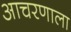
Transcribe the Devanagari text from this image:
आचरणाला